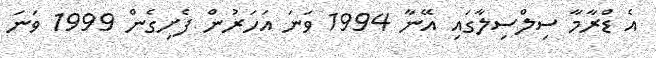
އެ ޑްރާމާ ސިލްސިލާގައި އޭނާ 1994 ވަނަ އަހަރުން ފެށިގެން 1999 ވަނަ